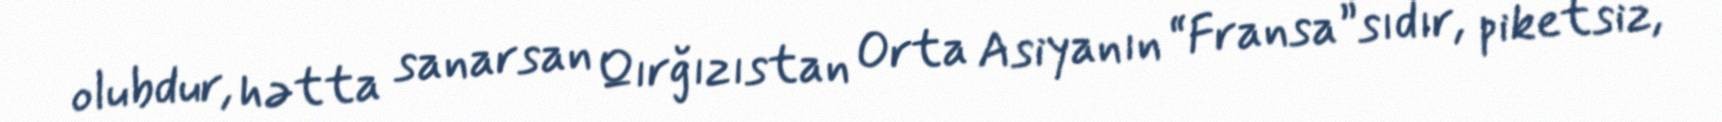
olubdur, hətta sanarsan Qırğızıstan Orta Asiyanın “Fransa”sıdır, piketsiz,